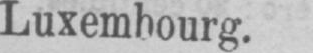
Luxembourg.